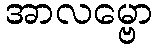
အာလမ္ဗော